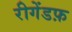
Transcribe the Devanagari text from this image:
रीगेंडफ़